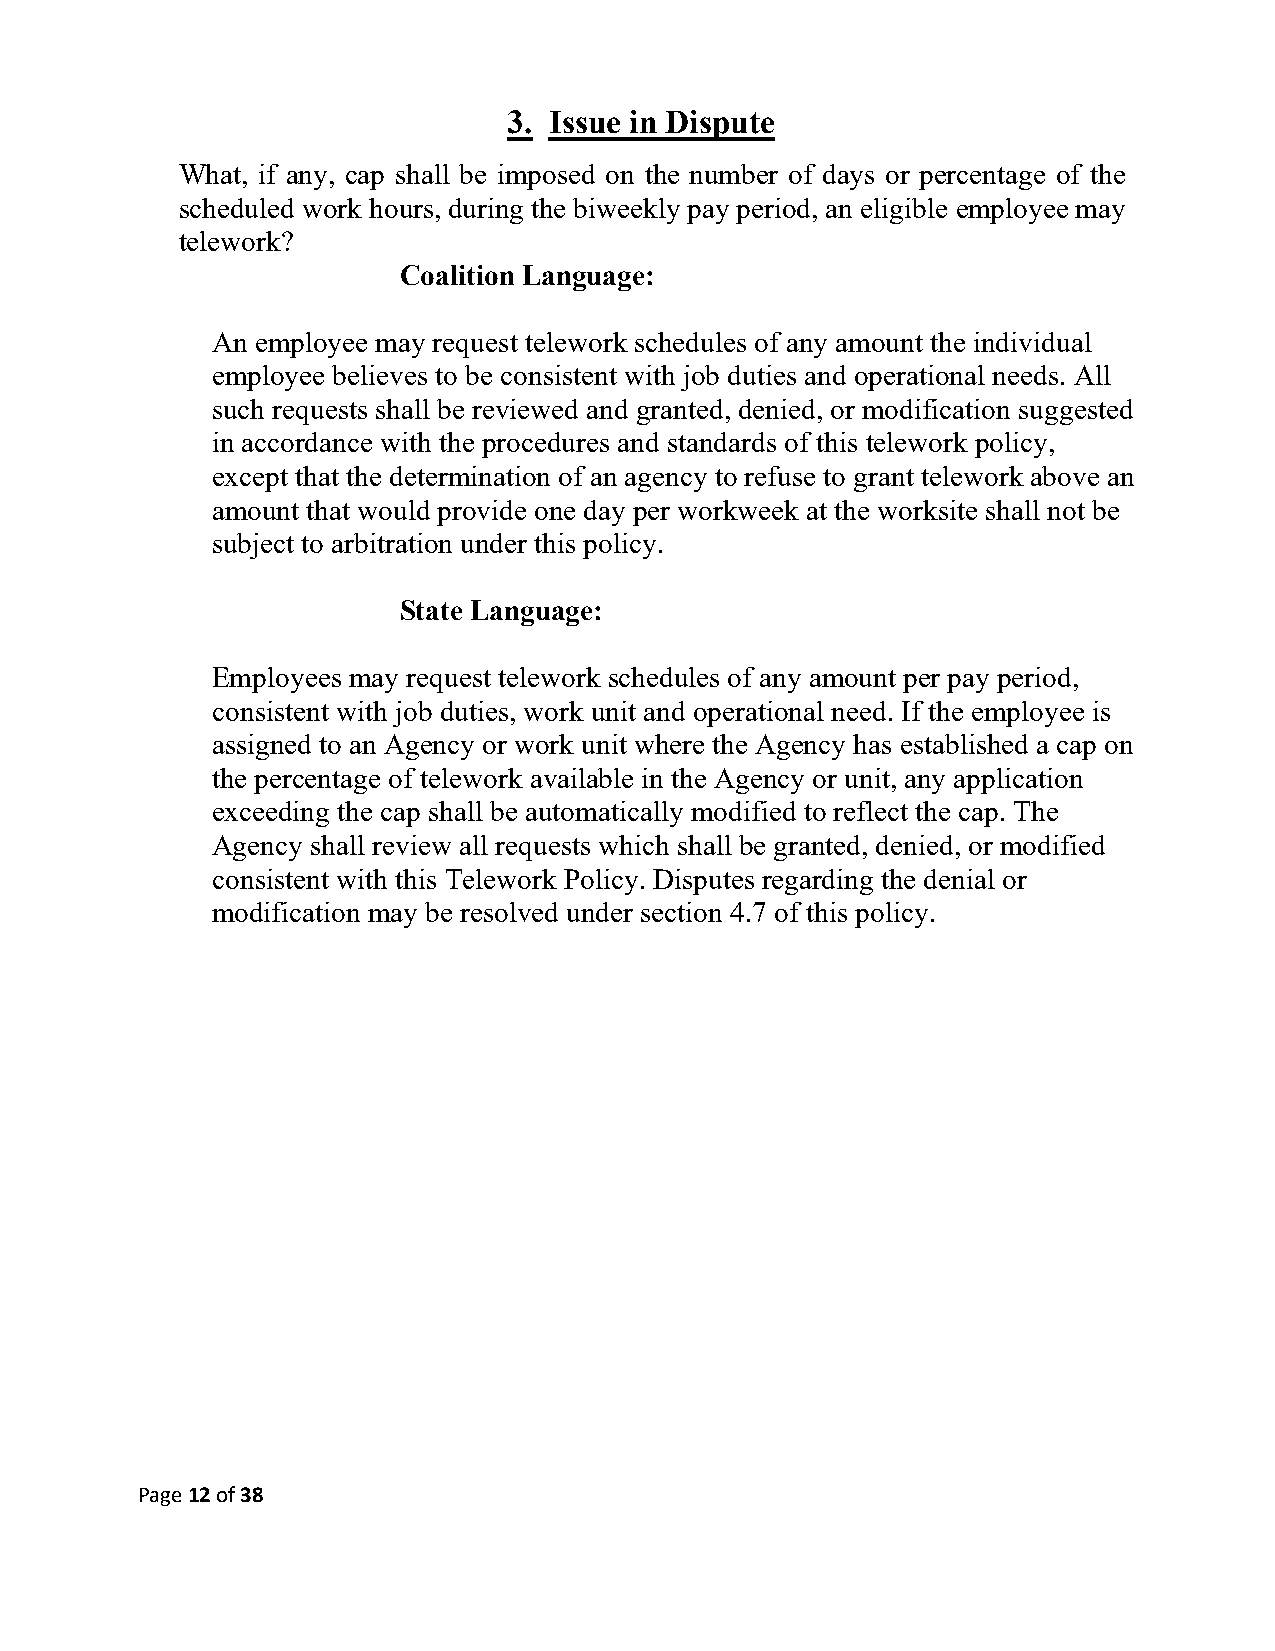
3. Issue in Dispute
 What, if any, cap shall be imposed on the number of days or percentage of the
 scheduled work hours, during the biweekly pay period, an eligible employee may
 telework?
 Coalition Language:
 An employee may request telework schedules of any amount the individual
 employee believes to be consistent with job duties and operational needs. All
 such requests shall be reviewed and granted, denied, or modification suggested
 in accordance with the procedures and standards of this telework policy,
 except that the determination of an agency to refuse to grant telework above an
 amount that would provide one day per workweek at the worksite shall not be
 subject to arbitration under this policy.
 State Language:
 Employees may request telework schedules of any amount per pay period,
 consistent with job duties, work unit and operational need. If the employee is
 assigned to an Agency or work unit where the Agency has established a cap on
 the percentage of telework available in the Agency or unit, any application
 exceeding the cap shall be automatically modified to reflect the cap. The
 Agency shall review all requests which shall be granted, denied, or modified
 consistent with this Telework Policy. Disputes regarding the denial or
 modification may be resolved under section 4.7 of this policy.
 Page 12 of 38